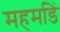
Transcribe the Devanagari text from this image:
महमडिं